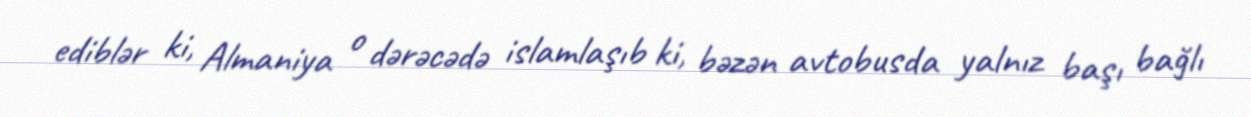
ediblər ki, Almaniya o dərəcədə islamlaşıb ki, bəzən avtobusda yalnız başı bağlı